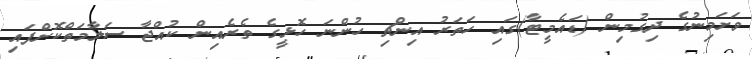
ވަށަމިނުގެ ދިގުމިން (ޑައެމީޓާ)ގައި ހަތަރު އިންޗި ހުންނަ ހޮޅީގެ ތެރެއިން ކުއްޖާ ސަލާމަތްކޮށްފައި